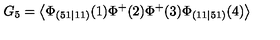
G _ { 5 } = \left\langle \Phi _ { ( 5 1 \mid 1 1 ) } ( 1 ) \Phi ^ { + } ( 2 ) \Phi ^ { + } ( 3 ) \Phi _ { ( 1 1 \mid 5 1 ) } ( 4 ) \right\rangle